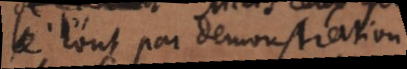
l’ont par demonstration